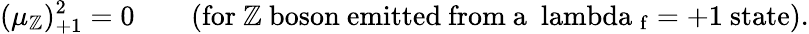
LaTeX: (\mu_{\mathbb{Z}})_{+1}^{2}=0\qquad\mathrm{{(for~\mathbb{Z}~boson~emitted~from~a~\ lambda~_{f}=+1~state).}}